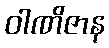
ဝါဏိဇာန